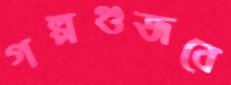
গল্পগুজবে